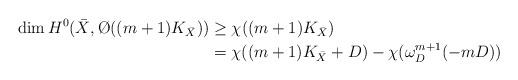
LaTeX: \begin{align*}\dim H^0(\bar X,\O((m+1)K_{\bar X}))&\geq \chi((m+1)K_{\bar X})\\&= \chi((m+1)K_{\bar X}+D)-\chi( \omega^{m+1}_D(-mD))\end{align*}